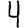
Digit: 4